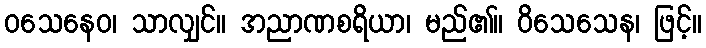
ဝသေနေဝ၊ သာလျှင်။ အညာဏစရိယာ၊ မည်၏။ ဝိသေသေန၊ ဖြင့်။